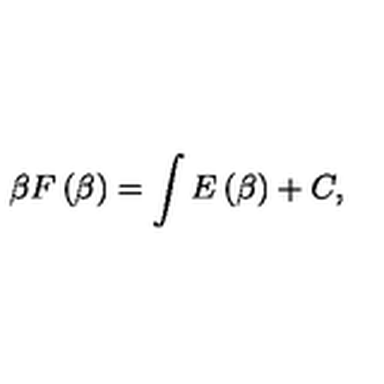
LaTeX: \beta F \left( \beta \right) = \int E \left( \beta \right) + C ,